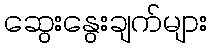
ဆွေးနွေးချက်များ